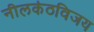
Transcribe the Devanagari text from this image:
नीलकंठविजय